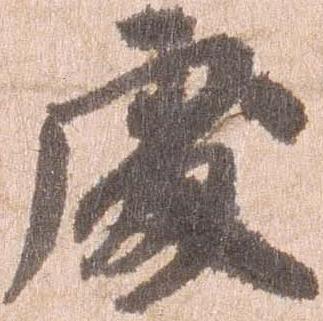
処